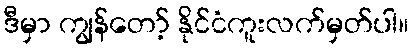
ဒီမှာ ကျွန်တော့် နိုင်ငံကူးလက်မှတ်ပါ။